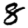
Digit: 8